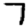
Digit: 7